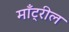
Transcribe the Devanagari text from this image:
माँट्रील